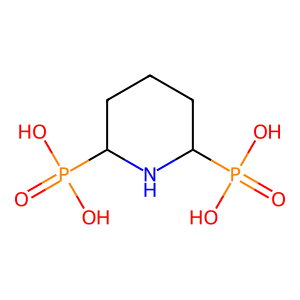
SMILES: O=P(O)(O)C1CCCC(P(=O)(O)O)N1
Inhibits HIV replication: No